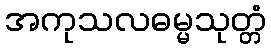
အကုသလဓမ္မသုတ္တံ